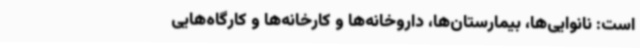
است: نانوایی‌ها، بیمارستان‌ها، داروخانه‌ها و کارخانه‌ها و کارگاه‌هایی